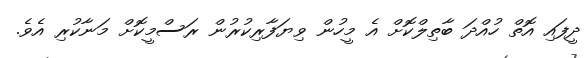
ދީފައި އޮތް ހުއްދަ ބާތިލްކޮށް އެ މީހުން ވިޔަފާރިކުރުން ރަސްމީކޮށް މަނާކުރި އެވެ.